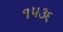
૧૫૩૬